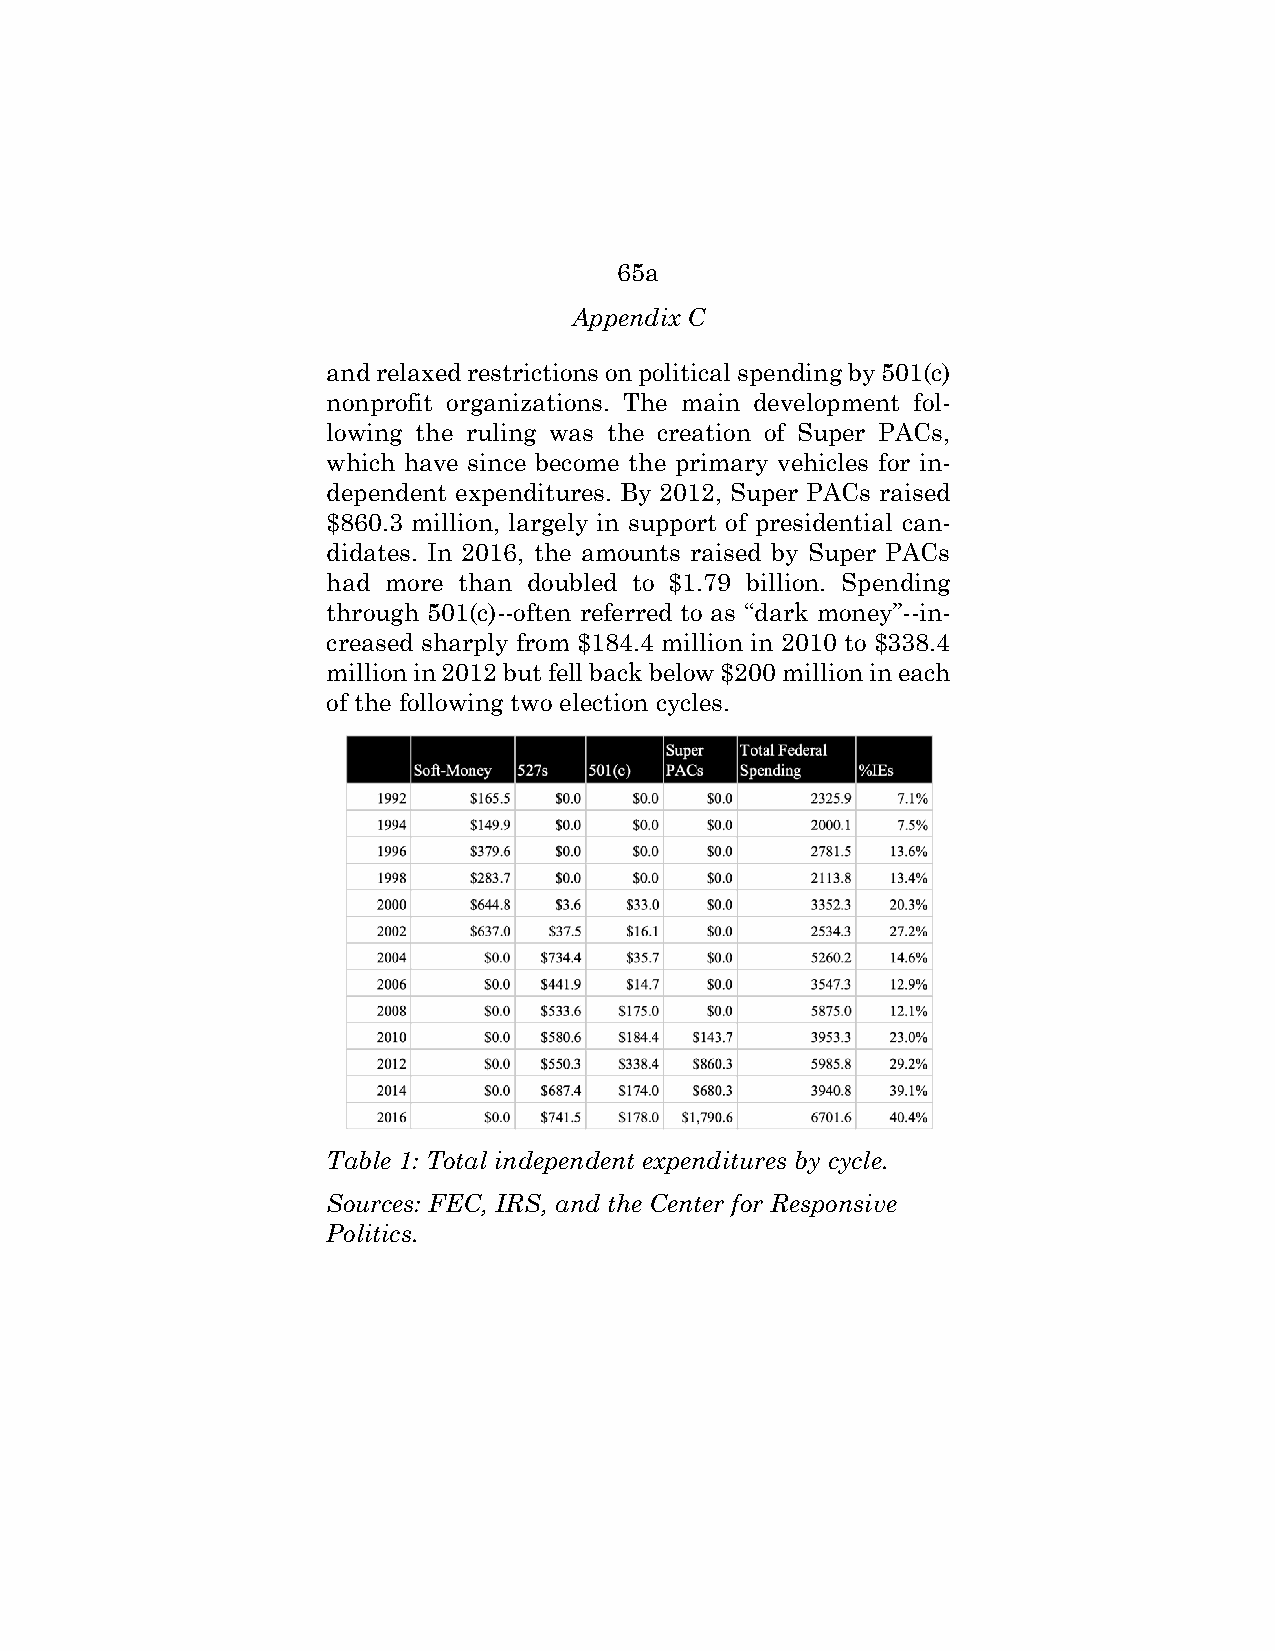
65a
 Appendix C
 and relaxed restrictions on political spending by 501(c)
 nonprofit organizations. The main development fol-
 lowing the ruling was the creation of Super PACs,
 which have since become the primary vehicles for in-
 dependent expenditures. By 2012, Super PACs raised
 $860.3 million, largely in support of presidential can-
 didates. In 2016, the amounts raised by Super PACs
 had more than doubled to $1.79 billion. Spending
 through 501(c)--often referred to as “dark money”--in-
 creased sharply from $184.4 million in 2010 to $338.4
 million in 2012 but fell back below $200 million in each
 of the following two election cycles.
 Table 1: Total independent expenditures by cycle.
 Sources: FEC, IRS, and the Center for Responsive
 Politics.